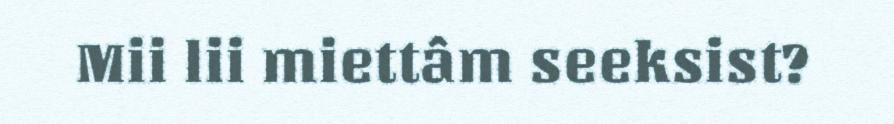
Mii lii miettâm seeksist?